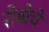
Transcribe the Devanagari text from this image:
रोबोचे